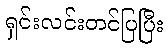
ရှင်းလင်းတင်ပြပြီး